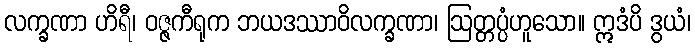
လက္ခဏာ ဟိရီ၊ ဝဇ္ဇကီရုက ဘယဒဿာဝိလက္ခဏာ၊ ဩတ္တပ္ပံဟူသော။ ဣဒံပိ ဒွယံ၊